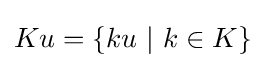
Ku=\{ku\ |\ k\in K\}